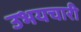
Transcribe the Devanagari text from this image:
उभयचारी